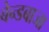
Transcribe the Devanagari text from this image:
बेन्डबाजा